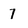
Character: 7